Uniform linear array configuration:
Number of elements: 48
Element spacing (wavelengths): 1
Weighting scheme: hamming
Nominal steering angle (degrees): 0
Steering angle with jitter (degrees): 0.4577
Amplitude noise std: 0.05
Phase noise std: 0.05

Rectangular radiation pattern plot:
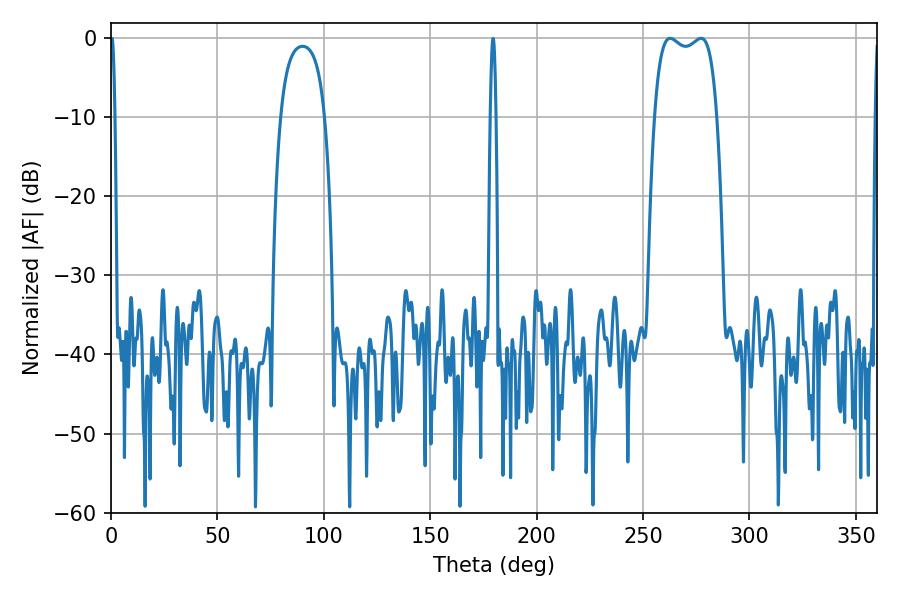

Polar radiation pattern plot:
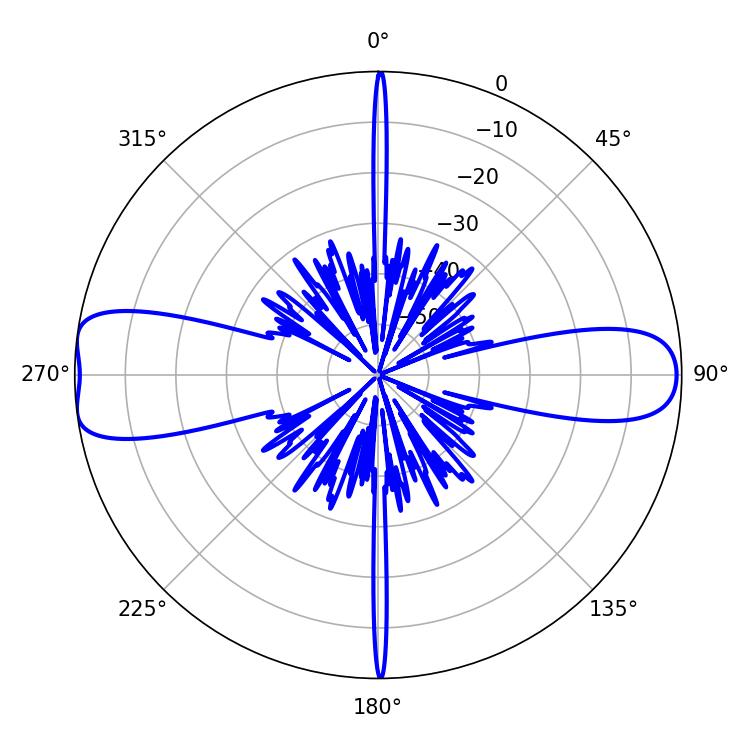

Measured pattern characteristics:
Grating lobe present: TRUE
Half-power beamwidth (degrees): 23.76
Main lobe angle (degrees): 262.8